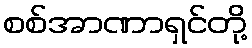
စစ်အာဏာရှင်တို့